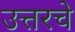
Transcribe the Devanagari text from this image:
उत्तरचे